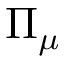
\Pi _ { \mu }